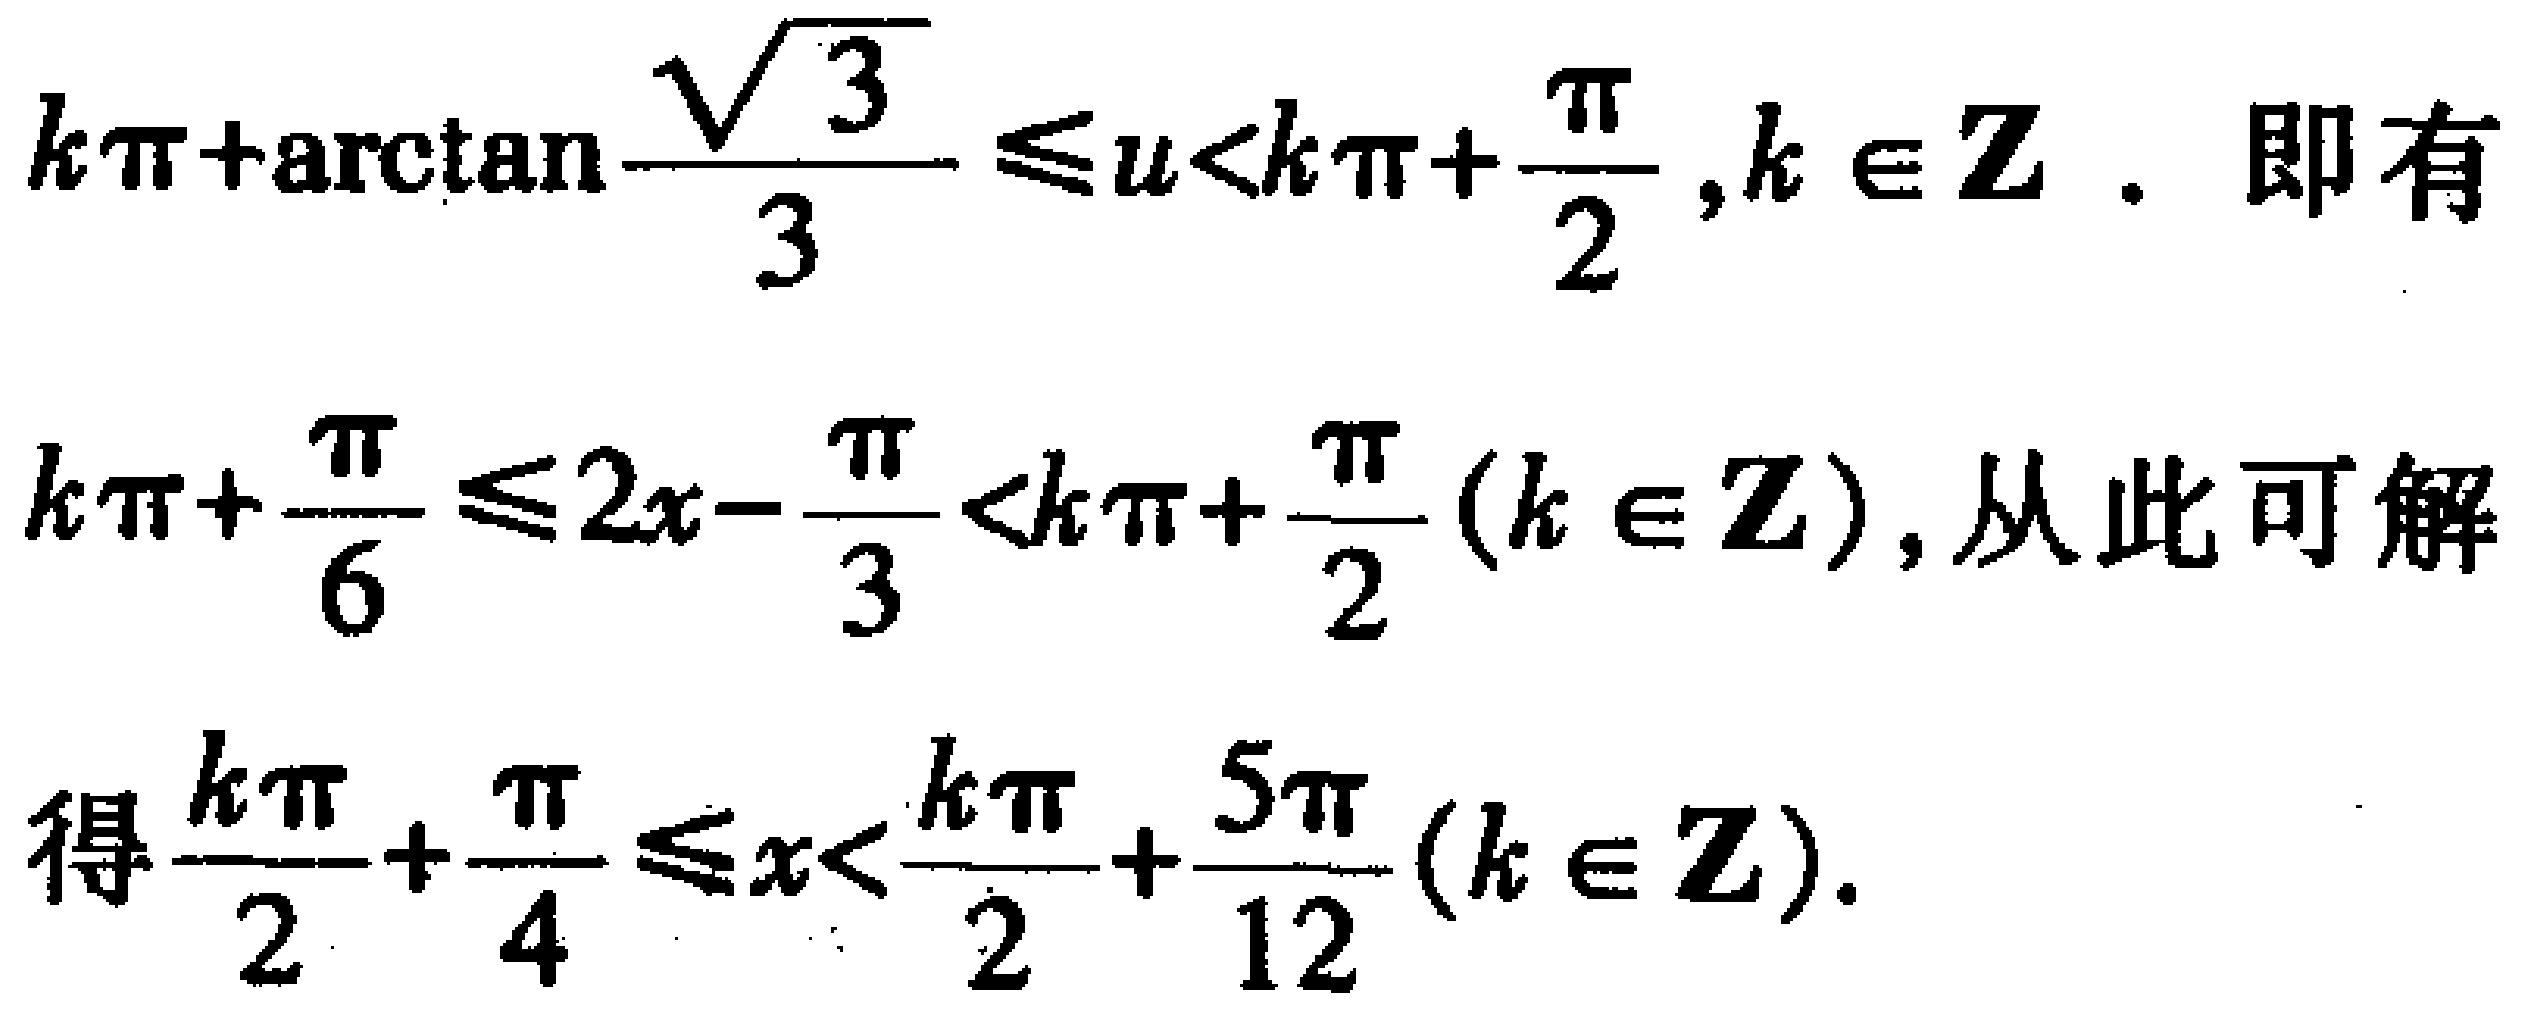
\[
k\pi+\arctan\frac{\sqrt{3}}{3}\leq u<k\pi+\frac{\pi}{2},k\in\mathbf{Z} \text{. 即有}
\]
\[
k\pi+\frac{\pi}{6}\leq 2x - \frac{\pi}{3}<k\pi+\frac{\pi}{2}(k\in\mathbf{Z}),\text{从此可解}
\]
\[
\text{得}\frac{k\pi}{2}+\frac{\pi}{4}\leq x<\frac{k\pi}{2}+\frac{5\pi}{12}(k\in\mathbf{Z}).
\]